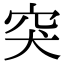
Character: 突